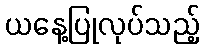
ယနေ့ပြုလုပ်သည့်